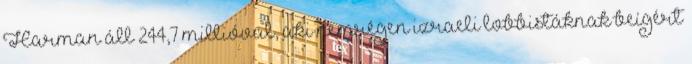
Harman áll 244,7 millióval, aki nemrégen izraeli lobbistáknak beígért